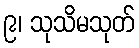
၉၊ သုသိမသုတ်